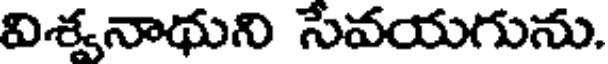
విశ్వనాథుని సేవయగును.